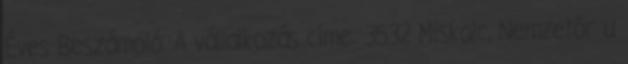
Éves Beszámoló. A vállalkozás címe: 3532 Miskolc, Nemzetőr u